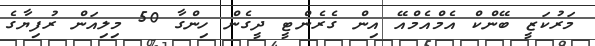
މަރުކަޒީ ބޭންކް އެމްއެމްއޭ އިން ގެރެންޓީ ދީގެން ހިންގާ 50 މިލިއަން ރުފިޔާގެ